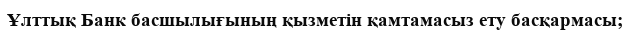
Ұлттық Банк басшылығының қызметін қамтамасыз ету басқармасы;